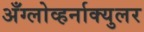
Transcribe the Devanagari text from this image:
अँग्लोव्हर्नाक्युलर